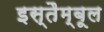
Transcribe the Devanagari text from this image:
इस्तैम्बूल